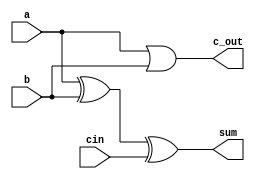
`timescale 1ns / 1ps
module fulladder(sum,c_out,a,b,cin);
output sum,c_out;
input a,b,cin;
wire O1,O2,O3;
xor u1(O1,a,b);
xor u2(sum,O1,cin);
and u3(O2,O1,cin);
and u4(O3,a,cin);
or u5(c_out,a,b);
endmodule